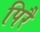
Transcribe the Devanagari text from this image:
पिरै